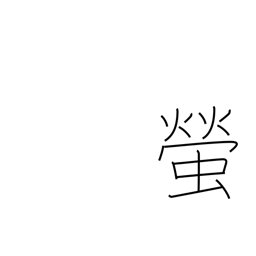
Meaning: firefly